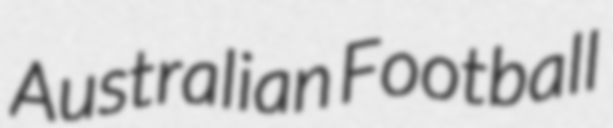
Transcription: Australian Football